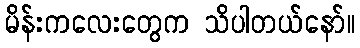
မိန်းကလေးတွေက သိပါတယ်နော်။